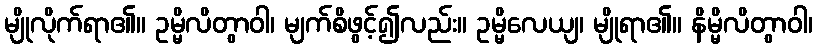
မျိုလိုက်ရာ၏။ ဥမ္မိလိတွာဝါ၊ မျက်စိဖွင့်၍လည်း။ ဥမ္မိလေယျ၊ မျိုရာ၏။ နိမ္မိလိတွာဝါ၊